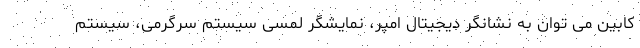
کابین می توان به نشانگر دیجیتال امپر، نمایشگر لمسی سیستم سرگرمی، سیستم